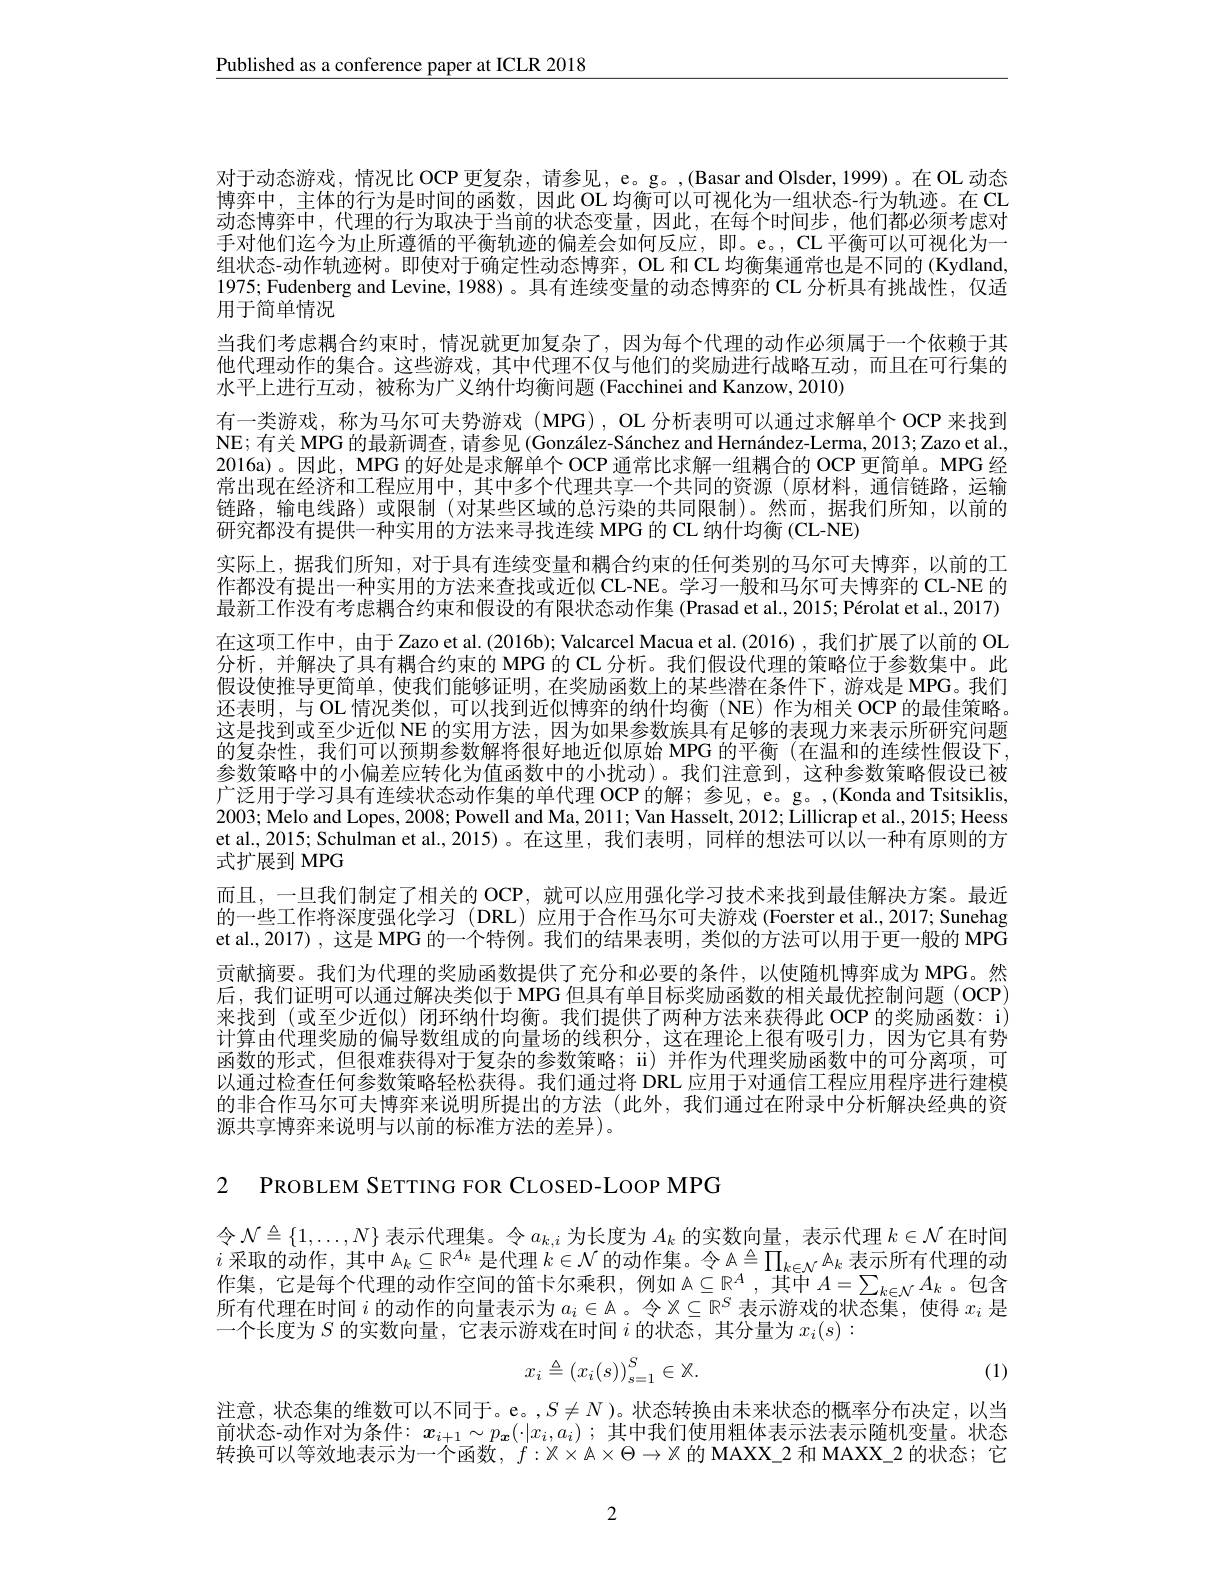
$\underline{\text{Published as a conference paper at ICLR 2018}}$

对于动态游戏，情况比 OCP 更复杂，请参见，e。g。,(Basar and Olsder,1999)。在 OL 动态博弈中，主体的行为是时间的函数，因此 OL 均衡可以可视化为一组状态-行为轨迹。在 CL 动态博弈中，代理的行为取决于当前的状态变量，因此，在每个时间步，他们都必须考虑对手对他们迄今为止所遵循的平衡轨迹的偏差会如何反应，即。e。,CL 平衡可以可视化为一组状态-动作轨迹树。即使对于确定性动态博弈，OL 和 CL 均衡集通常也是不同的(Kydland, 1975; Fudenberg and Levine, 1988)。具有连续变量的动态博弈的 CL 分析具有挑战性，仅适用于简单情况
当我们考虑耦合约束时，情况就更加复杂了，因为每个代理的动作必须属于一个依赖于其他代理动作的集合。这些游戏，其中代理不仅与他们的奖励进行战略互动，而且在可行集的水平上进行互动，被称为广义纳什均衡问题 (Facchinei and Kanzow, 2010)
有一类游戏，称为马尔可夫势游戏 (MPG),OL 分析表明可以通过求解单个 OCP 来找到NE; 有关 MPG 的最新调查，请参见 (González-Sánchez and Hernández-Lerma, 2013; Zazo et al. 2016a)。因此，MPG 的好处是求解单个 OCP 通常比求解一组耦合的 OCP 更简单。MPG 经常出现在经济和工程应用中，其中多个代理共享一个共同的资源(原材料，通信链路，运输链路，输电线路) 或限制 (对某些区域的总污染的共同限制)。然而，据我们所知，以前的研究都没有提供一种实用的方法来寻找连续 MPG 的 CL 纳什均衡 (CL-NE)
实际上，据我们所知，对于具有连续变量和耦合约束的任何类别的马尔可夫博弈，以前的工作都没有提出一种实用的方法来查找或近似 CL-NE。学习一般和马尔可夫博弈的 CL-NE 的最新工作没有考虑耦合约束和假设的有限状态动作集 (Prasad et al., 2015; Pérolat et al., 2017) 在这项工作中，由于 Zazo et al. (2016b); Valcarcel Macua et al. (2016), 我们扩展了以前的 OL 分析，并解决了具有耦合约束的 MPG 的 CL 分析。我们假设代理的策略位于参数集中。此假设使推导更简单，使我们能够证明，在奖励函数上的某些潜在条件下，游戏是 MPG。我们还表明，与 OL 情况类似，可以找到近似博弈的纳什均衡(NE)作为相关 OCP 的最佳策略。这是找到或至少近似 NE 的实用方法，因为如果参数族具有足够的表现力来表示所研究问题的复杂性，我们可以预期参数解将很好地近似原始 MPG 的平衡(在温和的连续性假设下， 参数策略中的小偏差应转化为值函数中的小扰动)。我们注意到，这种参数策略假设已被广泛用于学习具有连续状态动作集的单代理 OCP 的解；参见，e。g。,(Konda and Tsitsiklis, 2003; Melo and Lopes, 2008; Powell and Ma, 2011; Van Hasselt, 2012; Lillicrap et al., 2015; Heess et al., 2015; Schulman et al., 2015) 。在这里 , 我们表明 , 同样的想法可以以一种有原则的方式扩展到 MPG
而且，一旦我们制定了相关的 OCP, 就可以应用强化学习技术来找到最佳解决方案。最近的一些工作将深度强化学习 (DRL)应用于合作马尔可夫游戏 (Foerster et al., 2017; Sunehag et al.,2017) ,这是 MPG 的一个特例。我们的结果表明，类似的方法可以用于更一般的 MPG 贡献摘要。我们为代理的奖励函数提供了充分和必要的条件，以使随机博弈成为 MPG。然后，我们证明可以通过解决类似于 MPG 但具有单目标奖励函数的相关最优控制问题(OCP) 来找到(或至少近似) 闭环纳什均衡。我们提供了两种方法来获得此 OCP 的奖励函数：i) 计算由代理奖励的偏导数组成的向量场的线积分，这在理论上很有吸引力，因为它具有势函数的形式，但很难获得对于复杂的参数策略；ii) 并作为代理奖励函数中的可分离项，可以通过检查任何参数策略轻松获得。我们通过将 DRL 应用于对通信工程应用程序进行建模的非合作马尔可夫博弈来说明所提出的方法(此外，我们通过在附录中分析解决经典的资源共享博弈来说明与以前的标准方法的差异)。

2 PROBLEM SETTING FOR CLOSED-LOOP MPG

令$\mathcal{N}\triangleq\{1,\ldots,N\}$表示代理集。令$a_k,i$为长度为$A_k$的实数向量，表示代理$k\in\mathcal{N}$在时间$i$采取的动作，其中$\mathcal{A}_k\subseteq\mathbb{R}^{A_k}$是代理$k\in\mathcal{N}$的动作集。令$\mathcal{A}\triangleq\prod_k\in\mathcal{N}\mathcal{A}_k$表示所有代理的动作集，它是每个代理的动作空间的笛卡尔乘积，例如$A\subseteq\mathbb{R}^A$,其中$A=\sum_k\in\mathcal{N}A_k$。包含所有代理在中问 $i$ 的动作的白鸟丰三半$a\in\mathbb{R}^A$ ,其中 $A=\sum_{k\in\mathcal{N}}A_k$。包含所有代理在时间$i$的动作的向量表示为$a_i\in\mathbb{A}$。令$X\subseteq\mathbb{R}^S$表示游戏的状态集，使得$x_i$是一个长度为$S$的实数向量，它表示游戏在时间$i$的状态，其分量为$x_i(s):$
$$x_i\triangleq\left(x_i(s)\right)_{s=1}^S\in\mathbb{X}.$$
(1)

注意，状态集的维数可以不同于。e。$,S\neq N$)。状态转换由未来状态的概率分布决定，以当前状态-动作对为条件：$x_{i+1}\sim p_{\boldsymbol{\pi}}(\cdot|x_i,a_i);$其中我们使用粗体表示法表示随机变量。状态转换可以等效地表示为一个函数，$f:\mathcal{X}\times\mathcal{A}\times\Theta\to\mathcal{X}$的 MAXX\_2 和 MAXX\_2 的状态；它

2